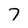
Character: 7